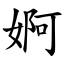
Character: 婀